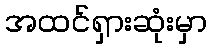
အထင်ရှားဆုံးမှာ